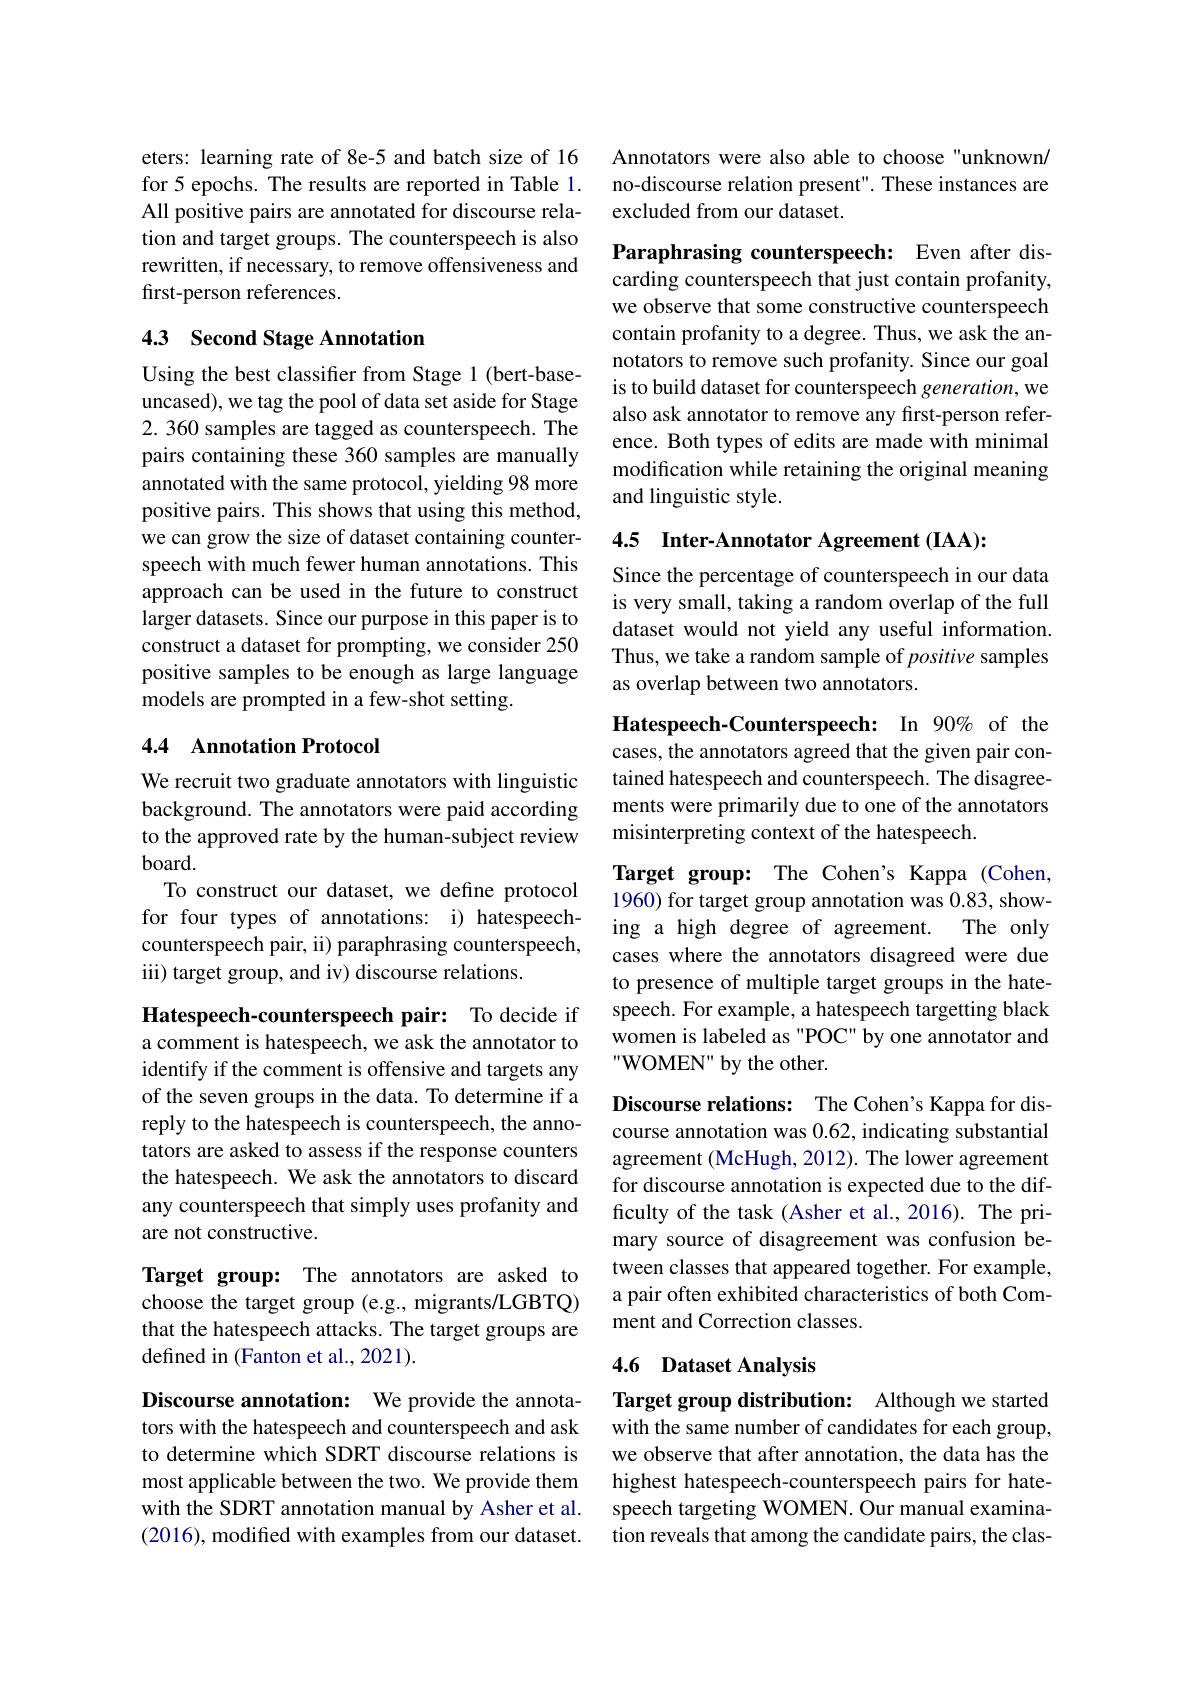
eters: learning rate of 8e-5 and batch size of 16 for 5 epochs. The results are reported in Table 1. All positive pairs are annotated for discourse relation and target groups. The counterspeech is also rewritten, if necessary, to remove offensiveness and first-person references.

## 4.3 Second Stage Annotation

Using the best classifier from Stage 1 (bert-baseuncased), we tag the pool of data set aside for Stage 2. 360 samples are tagged as counterspeech. The pairs containing these 360 samples are manually annotated with the same protocol, yielding 98 more positive pairs. This shows that using this method, we can grow the size of dataset containing counterspeech with much fewer human annotations. This approach can be used in the future to construct larger datasets. Since our purpose in this paper is to construct a dataset for prompting, we consider 250 positive samples to be enough as large language models are prompted in a few-shot setting.

## 4.4 Annotation Protocol

We recruit two graduate annotators with linguistic background. The annotators were paid according to the approved rate by the human-subject review $board.$
To construct our dataset, we define protocol for four types of annotations: i) hatespeechcounterspeech pair, ii) paraphrasing counterspeech, iii) target group, and iv) discourse relations.

Hatespeech-counterspeech pair: To decide if a comment is hatespeech, we ask the annotator to identify if the comment is offensive and targets any of the seven groups in the data. To determine if a reply to the hatespeech is counterspeech, the annotators are asked to assess if the response counters the hatespeech. We ask the annotators to discard any counterspeech that simply uses profanity and are not constructive.

Target group: The annotators are asked to choose the target group (e.g., migrants/LGBTQ) that the hatespeech attacks. The target groups are defined in (Fanton et al., 2021).

Discourse annotation: We provide the annotators with the hatespeech and counterspeech and ask to determine which SDRT discourse relations is most applicable between the two. We provide them with the SDRT annotation manual by Asher et al. (2016),modified with examples from our dataset.

Annotators were also able to choose "unknown/ no-discourse relation present". These instances are excluded from our dataset.

Paraphrasing counterspeech: Even after discarding counterspeech that just contain profanity, we observe that some constructive counterspeech contain profanity to a degree. Thus, we ask the annotators to remove such profanity. Since our goal is to build dataset for counterspeech generation, we also ask annotator to remove any first-person reference. Both types of edits are made with minimal modification while retaining the original meaning and linguistic style.

4.5 Inter-Annotator Agreement (IAA):

Since the percentage of counterspeech in our data is very small, taking a random overlap of the full dataset would not yield any useful information. Thus, we take a random sample of positive samples as overlap between two annotators.

Hatespeech-Counterspeech: In 90% of the cases, the annotators agreed that the given pair contained hatespeech and counterspeech. The disagreements were primarily due to one of the annotators misinterpreting context of the hatespeech.

Target group: The Cohen's Kappa (Cohen, 1960) for target group annotation was 0.83, showing a high degree of agreement. The only cases where the annotators disagreed were due to presence of multiple target groups in the hatespeech. For example, a hatespeech targetting black women is labeled as "POC" by one annotator and "WOMEN" by the other.

Discourse relations: The Cohen's Kappa for discourse annotation was 0.62, indicating substantial agreement (McHugh, 2012). The lower agreement for discourse annotation is expected due to the difficulty of the task (Asher et al.,2016). The primary source of disagreement was confusion between classes that appeared together. For example, a pair often exhibited characteristics of both Comment and Correction classes.

## 4.6 Dataset Analysis

Target group distribution: Although we started with the same number of candidates for each group, we observe that after annotation, the data has the highest hatespeech-counterspeech pairs for hatespeech targeting WOMEN. Our manual examination reveals that among the candidate pairs, the clas-